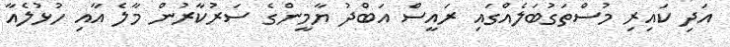
އަދި ކައިރި މުސްތަގުބަލެއްގައި ރައީސް އަބްދު ޔާމީންގެ ސަރުކާރުން މާލެ އާއި ހުޅުލެއާ